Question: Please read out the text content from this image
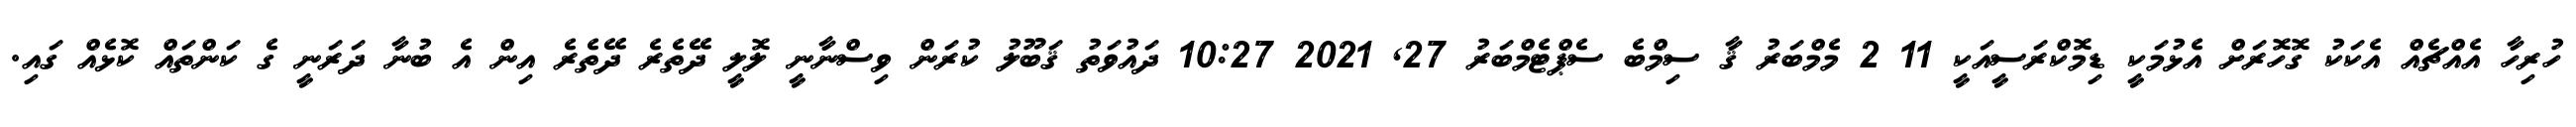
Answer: ހުރިހާ އެއްޗެއް އެކަކު ގޮހޮރަށް އެޅުމަކީ ޑިމޮކްރަސީއަކީ 11 2 މެމްބަރު ޤާ ސިމްބެ ސެޕްޓެމްބަރު 27, 2021 10:27 ދައުވަތު ޤަބޫލު ކުރަން ވިސްނާނީ ލޮލީ ދޭތެރެ ދޭތެރެ އިން އެ ބުނާ ދަރަނީ ގެ ކަންތައް ކޮޅެއް ގައި.